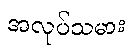
အလုပ်သမား